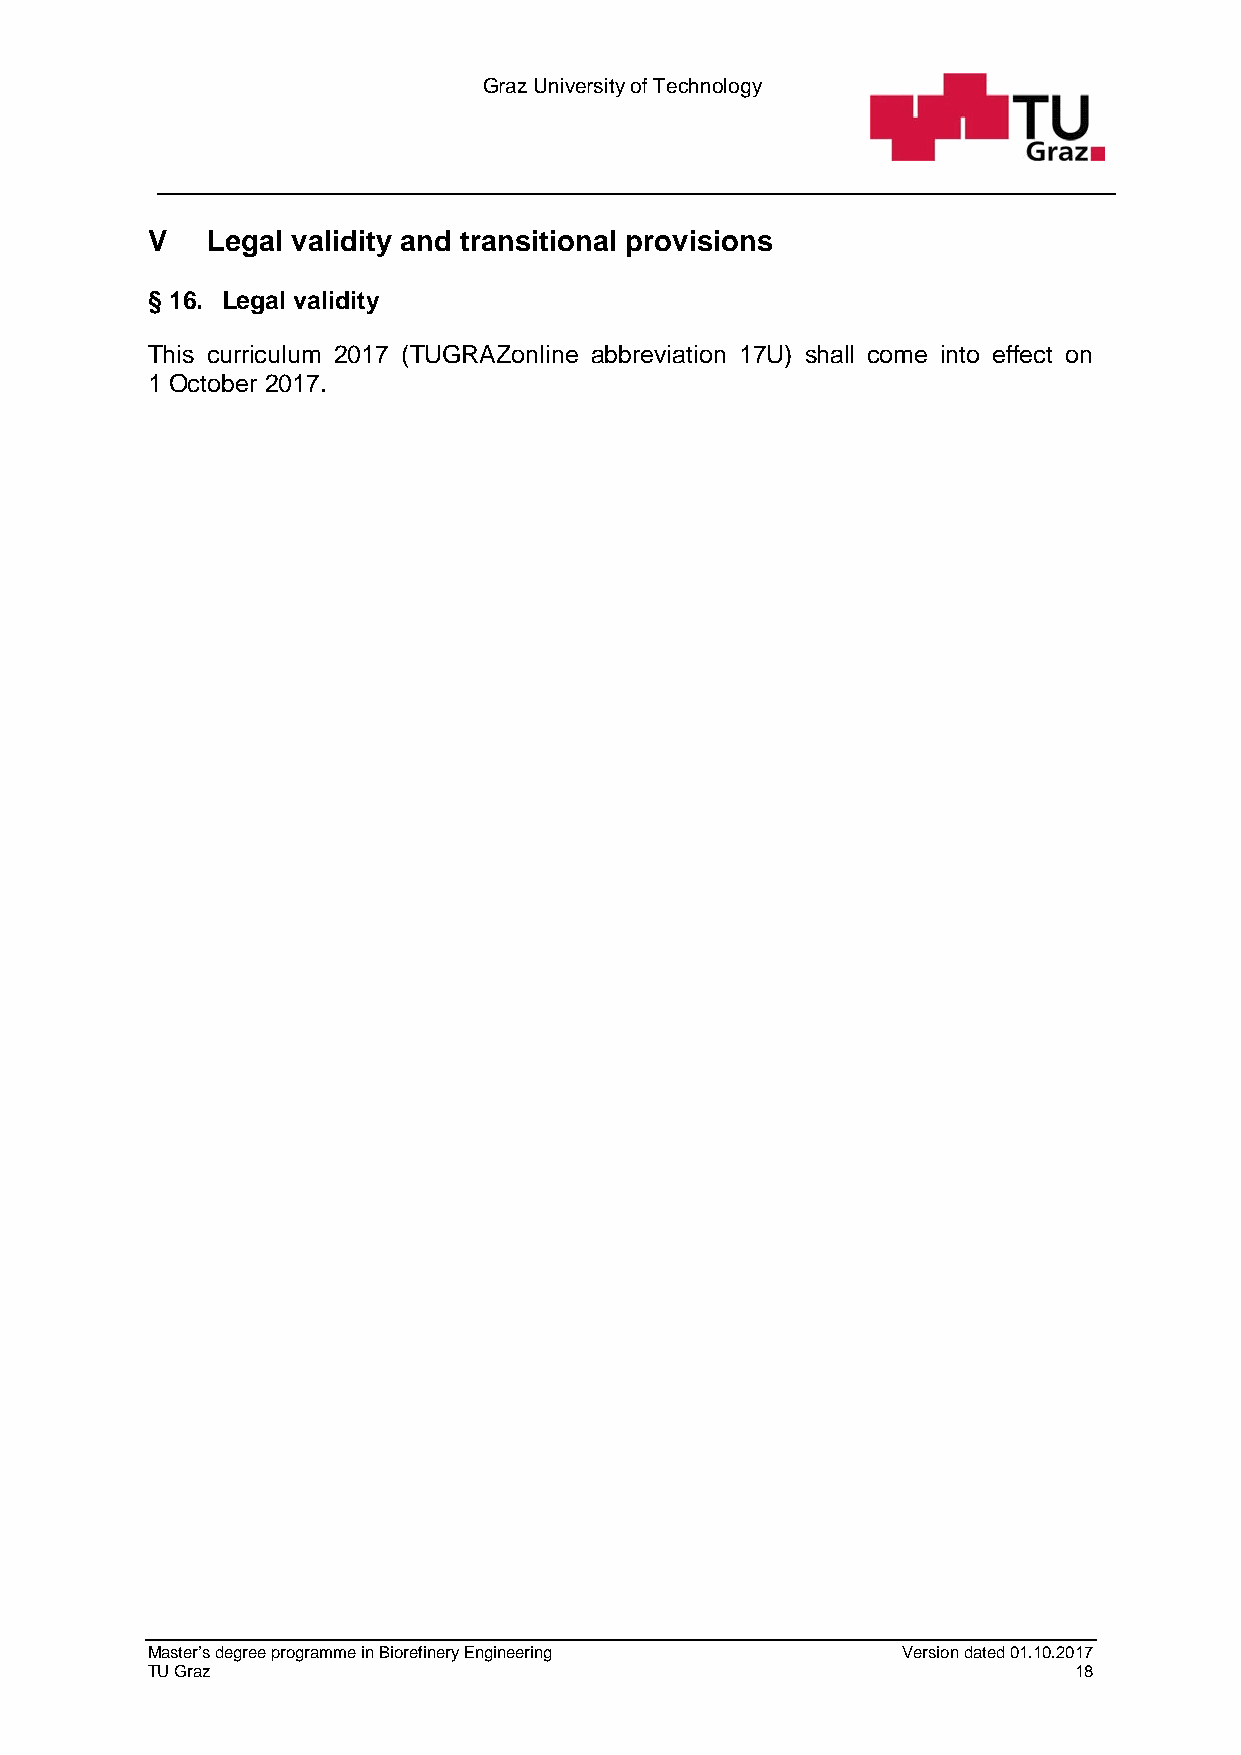
Graz University of Technology
 V   Legal validity and transitional provisions
 § 16. Legal validity
 This curriculum 2017 (TUGRAZonline abbreviation 17U) shall come into effect on
 1 October 2017.
 Master’s degree programme in Biorefinery Engineering Version dated 01.10.2017
 TU Graz                                                      18